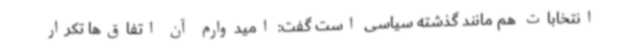
انتخابات هم مانند گذشته سیاسی است گفت: امیدوارم آن اتفاق‌ها تکرار